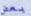
بعض